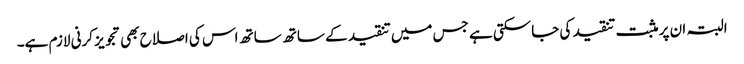
البتہ ان پر مثبت تنقید کی جاسکتی ہے جس میں تنقید کے ساتھ ساتھ اس کی اصلاح بھی تجویز کرنی لازم ہے۔